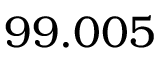
9 9 . 0 0 5 \